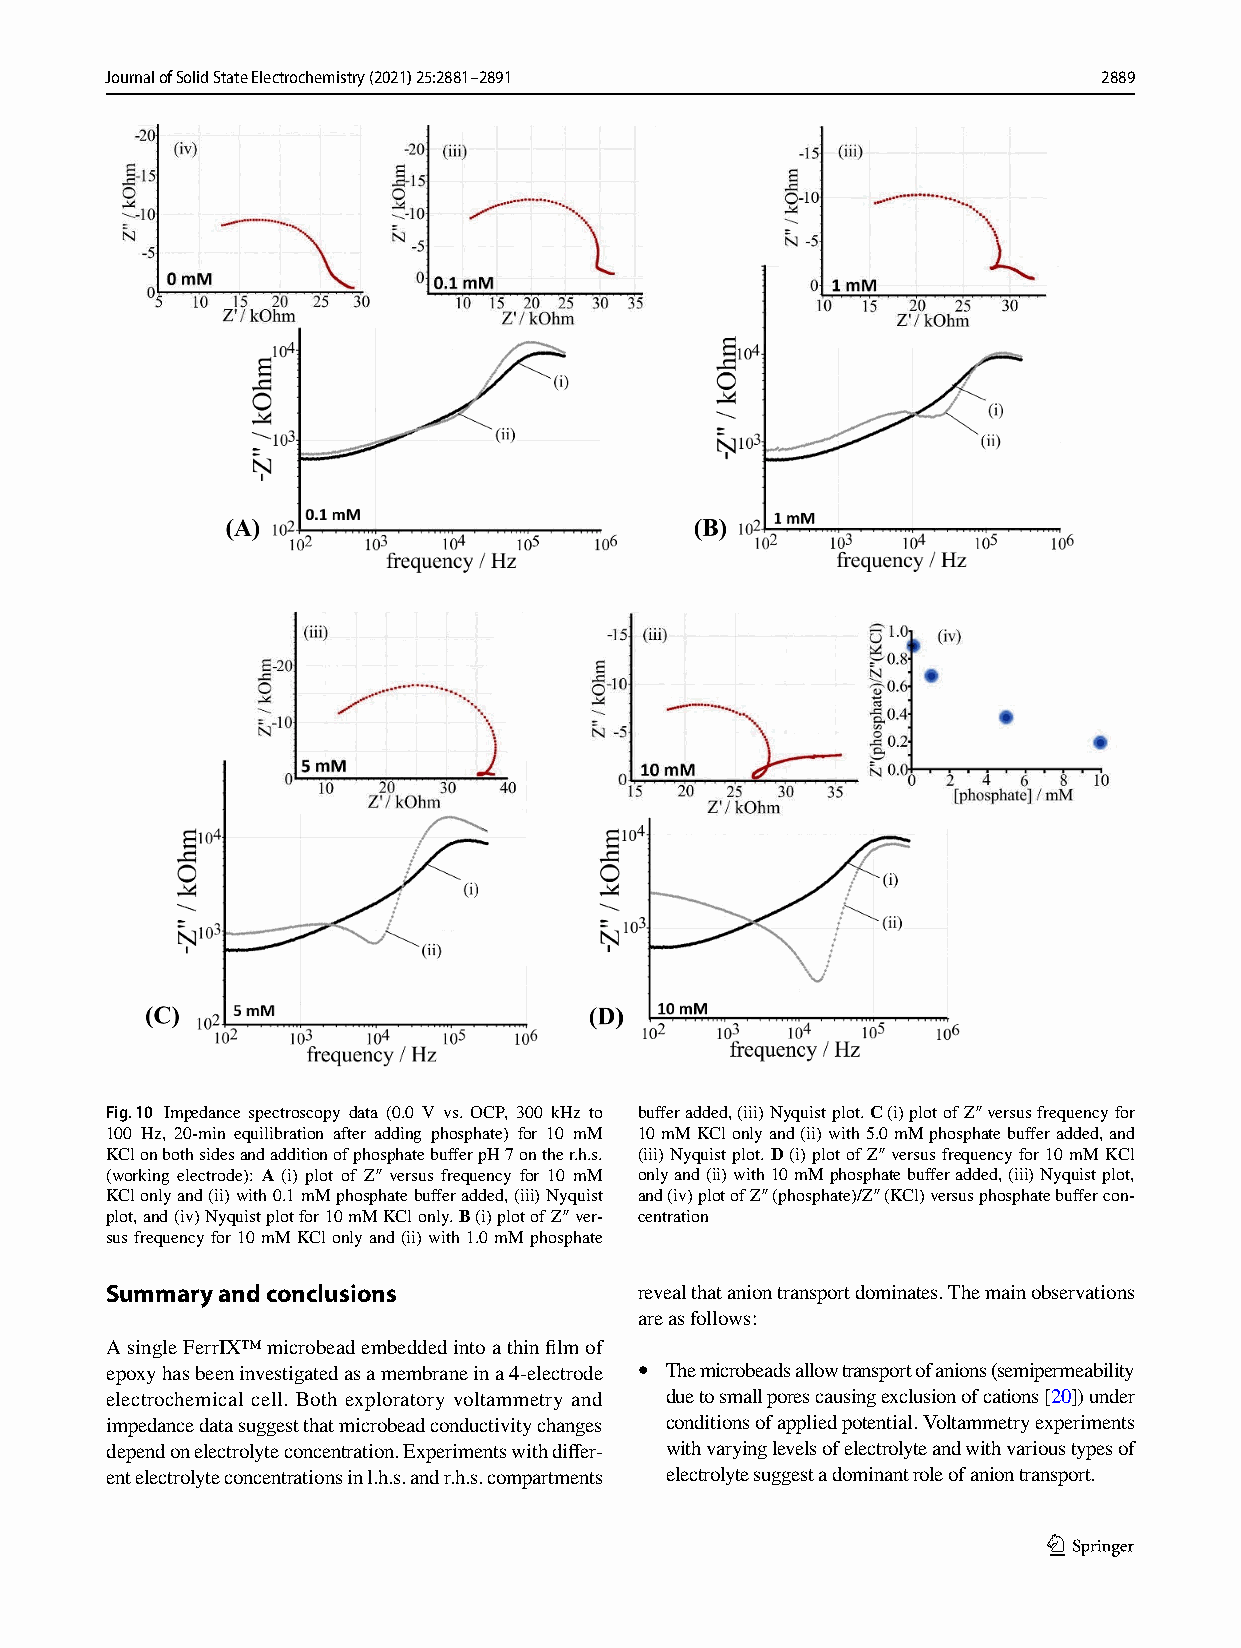
Journal of Solid State Electrochemistry (2021) 25:2881–2891       2889
 Fig. 10 Impedance spectroscopy data (0.0 V vs. OCP, 300 kHz to buffer added, (iii) Nyquist plot. C (i) plot of Z″ versus frequency for
 100 Hz, 20-min equilibration after adding phosphate) for 10 mM 10 mM KCl only and (ii) with 5.0 mM phosphate buffer added, and
 KCl on both sides and addition of phosphate buffer pH 7 on the r.h.s. (iii) Nyquist plot. D (i) plot of Z″ versus frequency for 10 mM KCl
 (working electrode): A (i) plot of Z″ versus frequency for 10 mM only and (ii) with 10 mM phosphate buffer added, (iii) Nyquist plot,
 KCl only and (ii) with 0.1 mM phosphate buffer added, (iii) Nyquist and (iv) plot of Z″ (phosphate)/Z″ (KCl) versus phosphate buffer con-
 plot, and (iv) Nyquist plot for 10 mM KCl only. B (i) plot of Z″ ver- centration
 sus frequency for 10 mM KCl only and (ii) with 1.0 mM phosphate
 Summary and conclusions            reveal that anion transport dominates. The main observations
 are as follows:
 A single FerrIX™ microbead embedded into a thin film of
 epoxy has been investigated as a membrane in a 4-electrode • The microbeads allow transport of anions (semipermeability
 electrochemical cell. Both exploratory voltammetry and due to small pores causing exclusion of cations [20]) under
 impedance data suggest that microbead conductivity changes conditions of applied potential. Voltammetry experiments
 depend on electrolyte concentration. Experiments with differ- with varying levels of electrolyte and with various types of
 ent electrolyte concentrations in l.h.s. and r.h.s. compartments electrolyte suggest a dominant role of anion transport.
 1 3